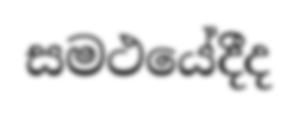
සමථයේදීද